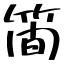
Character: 簡